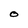
Character: O